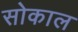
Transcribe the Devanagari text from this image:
सोकाल